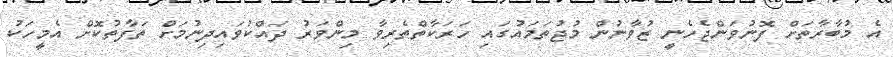
އެ މުބާރާތަށް ފޮނުވަންޖެހެނީ ޒުވާނުން މުޖުތަމައުގައި ހަރަކާތްތެރިވާ މިންވަރު ދައްކުވައިދިނުމަށް ތަފާތުކޮށް އެމީހަކު